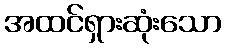
အထင်ရှားဆုံးသော